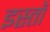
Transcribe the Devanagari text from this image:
इस्तॉ